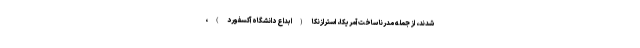
شدند، از جمله مدرنا ساخت آمریکا، استرازنکا (ابداع دانشگاه آکسفورد)،